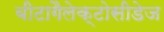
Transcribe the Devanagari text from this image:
बीटागैलेक्टोसीडेज